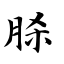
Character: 脎